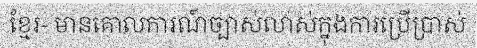
ខ្មែរ- មានគោលការណ៍ច្បាស់លាស់ក្នុងការប្រើប្រាស់